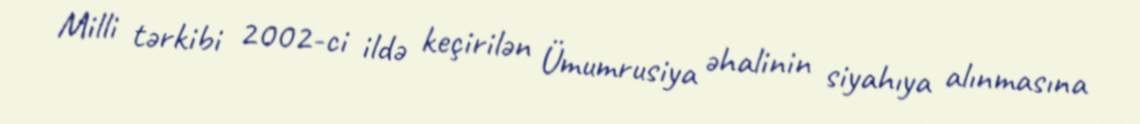
Milli tərkibi 2002-ci ildə keçirilən Ümumrusiya əhalinin siyahıya alınmasına